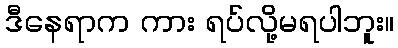
ဒီနေရာက ကား ရပ်လို့မရပါဘူး။